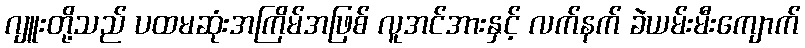
ဂျူးတို့သည် ပထမဆုံးအကြိမ်အဖြစ် လူအင်အားနှင့် လက်နက် ခဲယမ်းမီးကျောက်